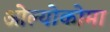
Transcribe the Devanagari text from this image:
ओल्योकोमा